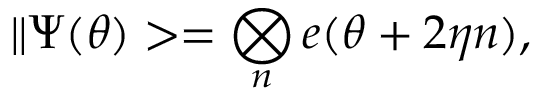
\| \Psi ( \theta ) > = \bigotimes _ { n } e ( \theta + 2 \eta n ) ,